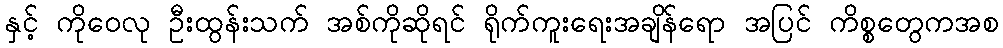
နှင့် ကိုဝေလု ဦးထွန်းသက် အစ်ကိုဆိုရင် ရိုက်ကူးရေးအချိန်ရော အပြင် ကိစ္စတွေကအစ